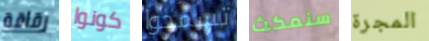
رقاقة كونوا تسمحوا سنمكث المجرة